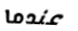
عندما